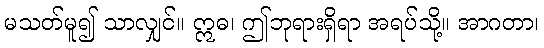
မသတ်မူ၍ သာလျှင်။ ဣဓ၊ ဤဘုရားရှိရာ အရပ်သို့။ အာဂတာ၊